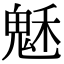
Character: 𩲷